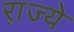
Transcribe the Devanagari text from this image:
रा़ज्ये